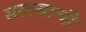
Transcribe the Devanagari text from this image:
सल्ल्याची